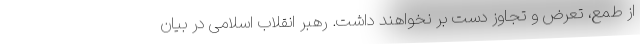
از طمع، تعرض و تجاوز دست بر نخواهند داشت. رهبر انقلاب اسلامی در بیان